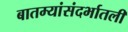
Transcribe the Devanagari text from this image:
बातम्यांसंदर्भातली